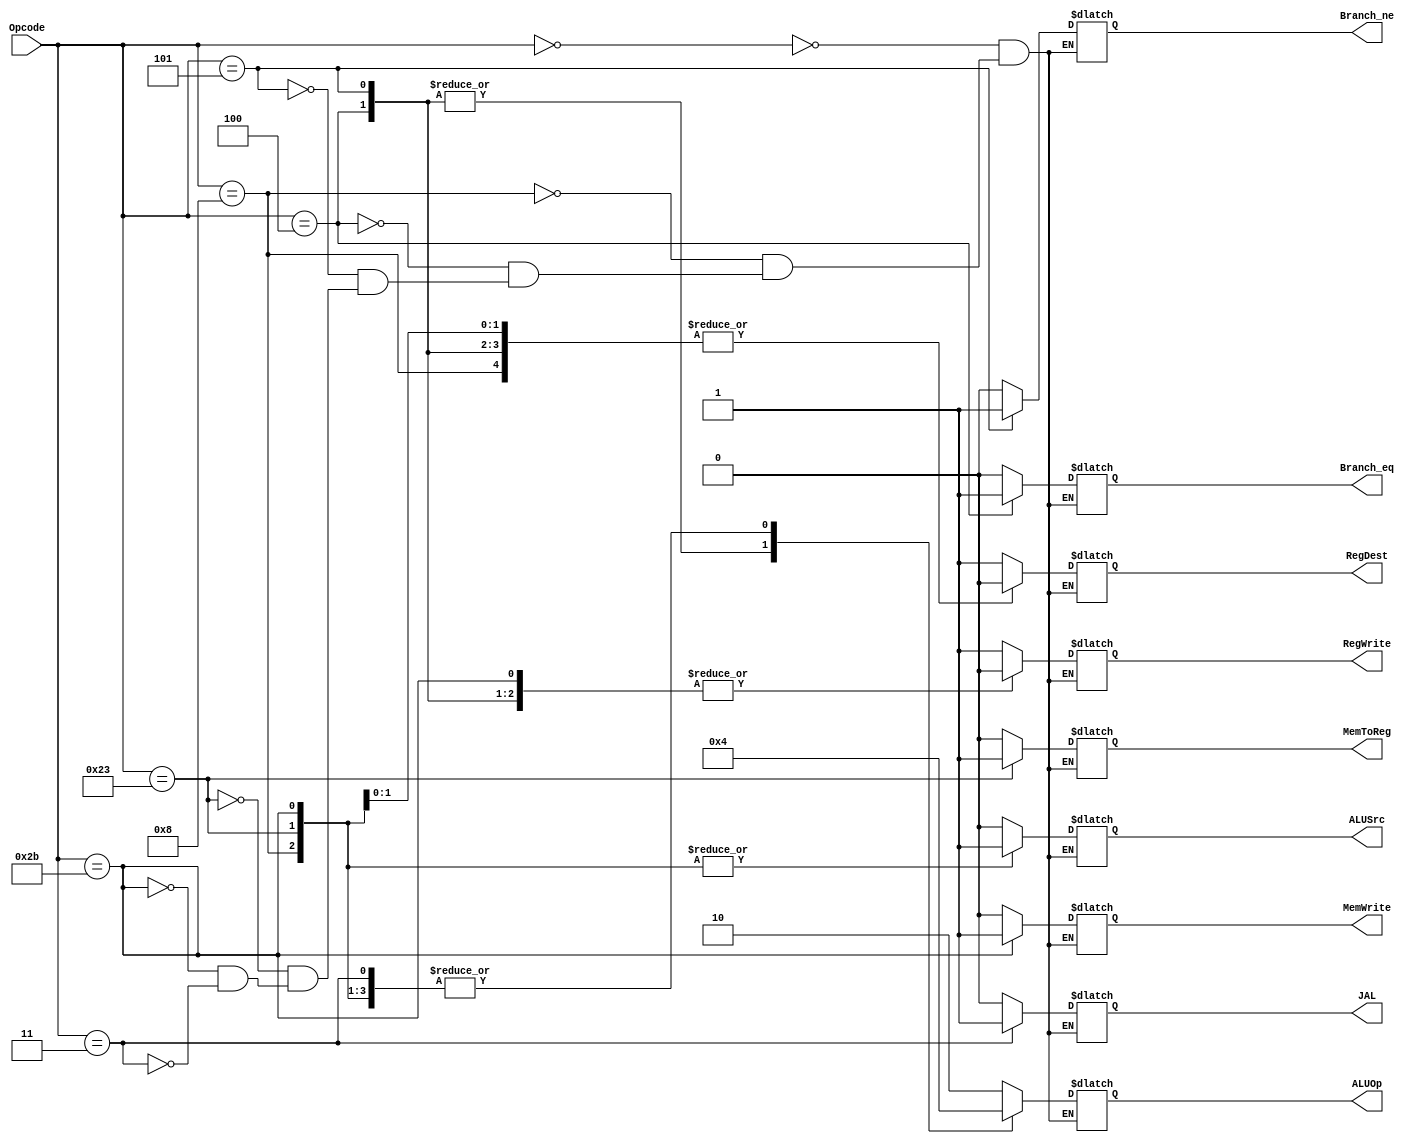
module main_decoder (Opcode, Branch_eq, Branch_ne, MemToReg, ALUSrc, RegDest, RegWrite, MemWrite, ALUOp, JAL);
    input [5:0] Opcode;
    output Branch_eq, Branch_ne, MemToReg, ALUSrc, RegDest, RegWrite, MemWrite, JAL;
    output [1:0] ALUOp;

    reg Branch_eq_l, Branch_ne_l, MemToReg_l, ALUSrc_l, RegDest_l, RegWrite_l, MemWrite_l, JAL_l;
    reg [1:0] ALUOp_l;

    always @(*) begin
        case (Opcode)
            6'b000000:      // ADD, AND, OR, SLT, SLL, SRL, SUB, JR
                begin
                    RegWrite_l = 1'b1;
                    RegDest_l = 1'b1;
                    ALUSrc_l = 1'b0;
                    ALUOp_l = 2'b10;
                    Branch_eq_l = 1'b0;
                    Branch_ne_l = 1'b0;
                    MemWrite_l = 1'b0;
                    MemToReg_l = 1'b0;
                    JAL_l = 1'b0;
                end
            6'b001000:      // ADDI 
                begin
                    RegWrite_l = 1'b1;
                    RegDest_l = 1'b0;
                    ALUSrc_l = 1'b1;
                    ALUOp_l = 2'b00;
                    Branch_eq_l = 1'b0;
                    Branch_ne_l = 1'b0;
                    MemWrite_l = 1'b0;
                    MemToReg_l = 1'b0;
                    JAL_l = 1'b0;
                end
            6'b000100:      // BEQ 
                begin
                    RegWrite_l = 1'b0;
                    RegDest_l = 1'b0;
                    ALUSrc_l = 1'b0;
                    ALUOp_l = 2'b01;
                    Branch_eq_l = 1'b1;
                    Branch_ne_l = 1'b0;
                    MemWrite_l = 1'b0;
                    MemToReg_l = 1'b0; 
                    JAL_l = 1'b0;
                end
            6'b000101:      // BNE
                begin
                    RegWrite_l = 1'b0;
                    RegDest_l = 1'b0;
                    ALUSrc_l = 1'b0;
                    ALUOp_l = 2'b01;
                    Branch_eq_l = 1'b0;
                    Branch_ne_l = 1'b1;
                    MemWrite_l = 1'b0;
                    MemToReg_l = 1'b0; 
                    JAL_l = 1'b0;
                end
            6'b100011:      // LW
                begin
                    RegWrite_l = 1'b1;
                    RegDest_l = 1'b0;
                    ALUSrc_l = 1'b1;
                    ALUOp_l = 2'b00;
                    Branch_eq_l = 1'b0;
                    Branch_ne_l = 1'b0;
                    MemWrite_l = 1'b0;
                    MemToReg_l = 1'b1;
                    JAL_l = 1'b0;
                end
            6'b101011:      // SW
                begin
                    RegWrite_l = 1'b0;
                    RegDest_l = 1'b0;
                    ALUSrc_l = 1'b1;
                    ALUOp_l = 2'b00;
                    Branch_eq_l = 1'b0;
                    Branch_ne_l = 1'b0;
                    MemWrite_l = 1'b1;
                    MemToReg_l = 1'b0;
                    JAL_l = 1'b0;
                end
            6'b000011:      // JAL
                begin
                    RegWrite_l = 1'b1;
                    RegDest_l = 1'b1;
                    ALUSrc_l = 1'b0;
                    ALUOp_l = 2'b00;
                    Branch_eq_l = 1'b0;
                    Branch_ne_l = 1'b0;
                    MemWrite_l = 1'b0;
                    MemToReg_l = 1'b0;
                    JAL_l = 1'b1;
                end
        endcase
    end
    assign Branch_eq = Branch_eq_l;
    assign Branch_ne = Branch_ne_l;
    assign MemToReg = MemToReg_l;
    assign ALUSrc = ALUSrc_l;
    assign RegDest = RegDest_l;
    assign RegWrite = RegWrite_l;
    assign MemWrite = MemWrite_l;
    assign JAL = JAL_l;
    assign ALUOp = ALUOp_l;

endmodule